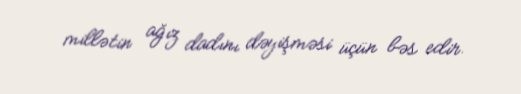
millətin ağız dadını dəyişməsi üçün bəs edir.